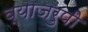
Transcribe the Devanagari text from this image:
व्याजरुपी